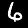
Digit: 6